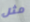
مثل